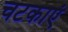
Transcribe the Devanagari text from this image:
चटकाएं